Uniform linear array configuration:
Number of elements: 16
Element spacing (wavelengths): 0.5
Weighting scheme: cosine
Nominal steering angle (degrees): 15
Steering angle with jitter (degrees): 15.818
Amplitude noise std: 0.05
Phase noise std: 0.05

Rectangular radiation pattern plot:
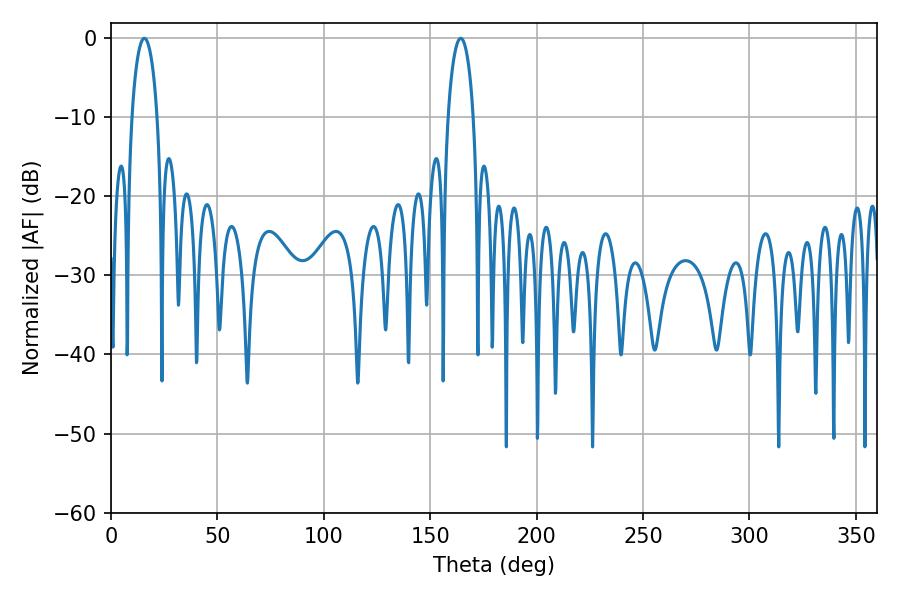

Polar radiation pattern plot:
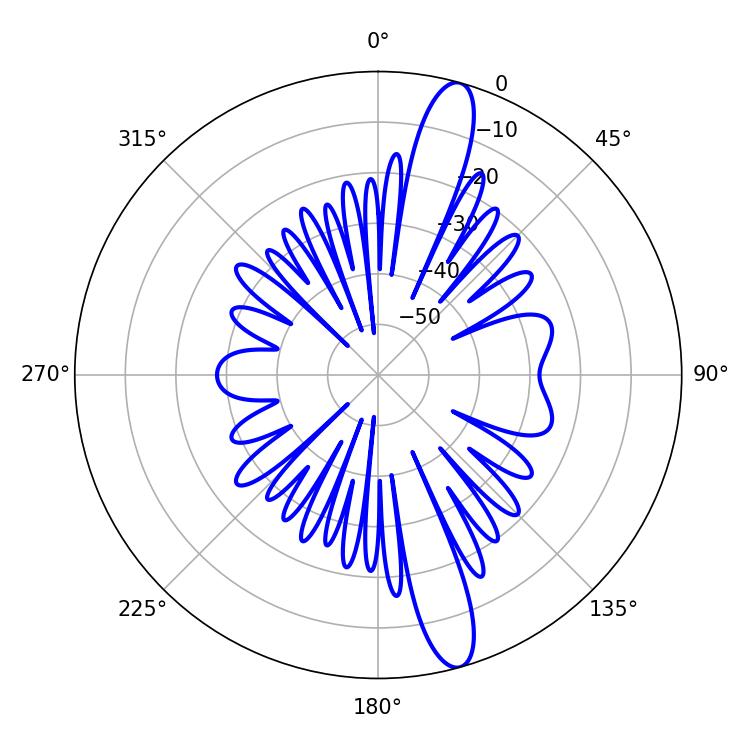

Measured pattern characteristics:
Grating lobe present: FALSE
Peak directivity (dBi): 14.44
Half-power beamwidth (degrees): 6.84
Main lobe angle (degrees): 15.66